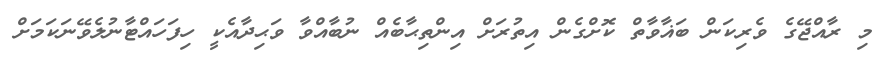
މި ރާއްޖޭގެ ވެރިކަން ބަޣާވާތް ކޮށްގެން އިތުރަށް އިންތިޙާބެއް ނުބާއްވާ ވަޙިދާއެކީ ހިފަހައްޓާނުލެވޭނަކަމަށް